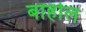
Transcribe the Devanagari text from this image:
बाहोल